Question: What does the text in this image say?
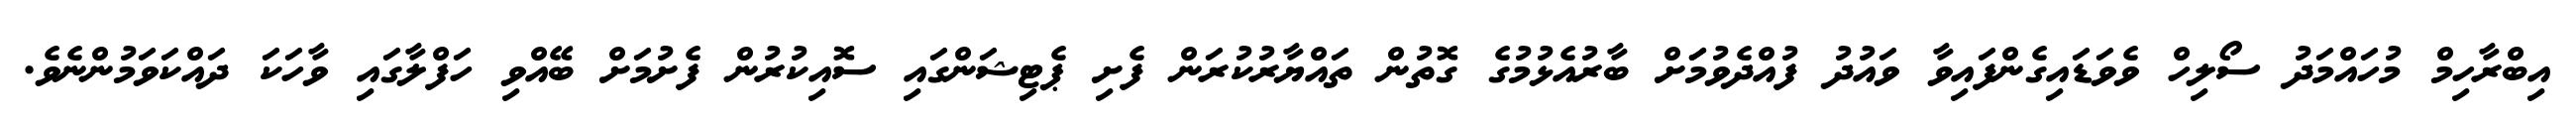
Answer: އިބްރާހިމް މުހައްމަދު ސޯލިހް ވެވަޑައިގެންފައިވާ ވައުދު ފުއްދެވުމަަށް ބާރުއެޅުމުގެ ގޮތުން ތައްޔާރުކުރަން ފެށި ޕެޓިޝަންގައި ސޮއިކުރުން ފެށުމަށް ބޭއްވި ހަފްލާގައި ވާހަކަ ދައްކަވަމުންނެވެ.